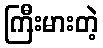
ကြီးမားတဲ့